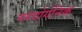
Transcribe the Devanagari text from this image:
प्स्य्चोगेनिक